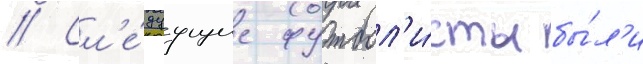
// Сл'е́дуущие футбол'и́сты бы́л'и